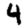
Digit: 4